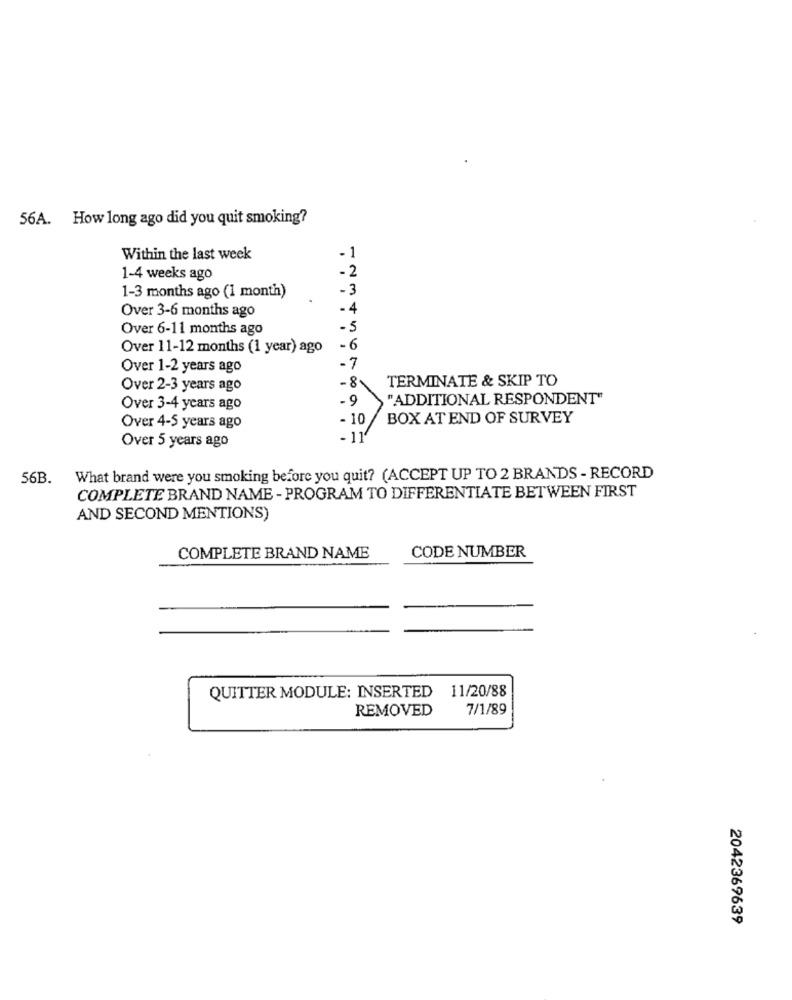
56A. How long ago did you quit smoking?
Within the last week
-1
- 2
1-4 weeks ago
-3
1-3 months ago (1 month)
Over 3-6 months ago
- 4
Over 6-11 months ago
-5
Over 11-12 months (1 year) ago
-6
Over 1-2 years ago
-7
TERMINATE & SKIP TO
Over 2-3 years ago
-81
-9
"ADDITIONAL RESPONDENT"
Over 3-4 years ago
- 10
BOX AT END OF SURVEY
Over 4-5 years ago
Over 5 years ago
56B.
What brand were you smoking before you quit? (ACCEPT UP TO 2 BRANDS - RECORD
COMPLETE BRAND NAME - PROGRAM TO DIFFERENTIATE BETWEEN FIRST
AND SECOND MENTIONS)
CODE NUMBER
COMPLETE BRAND NAME
QUITTER MODULE: INSERTED 11/20/88
REMOVED
7/1/89
2042369639